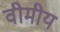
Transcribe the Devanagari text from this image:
वीमीय